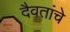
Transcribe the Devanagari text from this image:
दैवतांचे